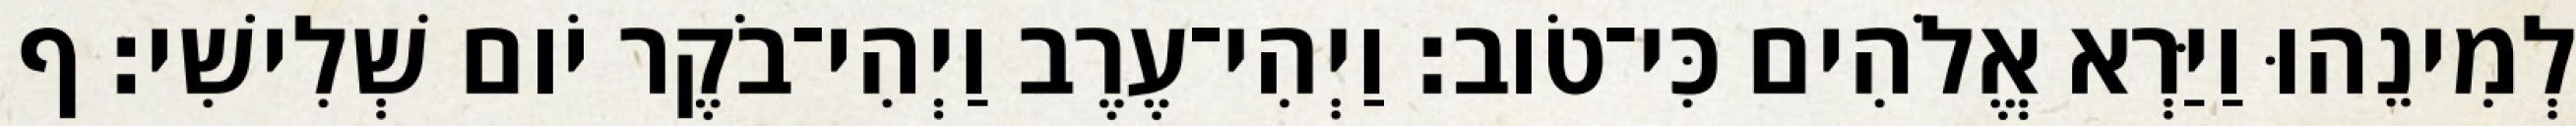
לְמִינֵהוּ וַיַּרְא אֱלֹהִים כִּי־טֹוב׃ וַיְהִי־עֶרֶב וַיְהִי־בֹקֶר יֹום שְׁלִישִׁי׃ ף